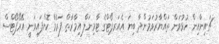
ޗައިނާއިން ހުޅުވަން ތައްޔާރުވަމުންދާ ބިޔަ އެއަރޕޯޓްގެ ޓާމިނަލް އިމާރާތް ފަރުމާ ކޮށްފައިވަނީ އޭރޯޕޯޓްސް